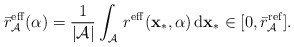
\begin{align*}\bar{r}_{\mathcal{A}}^{\mathrm{eff}}(\alpha) & =\frac{1}{|\mathcal{A}|}\int_{\mathcal{A}}\, r^{\mathrm{eff}}(\mathbf{x}_{*},\alpha)\,\mathrm{d}\mathbf{x}_{*}\in[0,\bar{r}_{\mathcal{A}}^{\mathrm{ref}}].\end{align*}